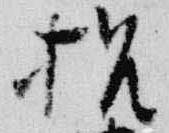
招